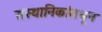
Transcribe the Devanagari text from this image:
संस्थानिकांमधून